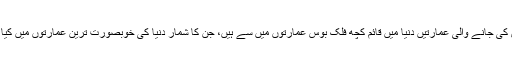
یہاں پیش کی جانے والی عمارتیں دنیا میں قائم کچھ فلک بوس عمارتوں میں سے ہیں، جن کا شمار دنیا کی خوبصورت ترین عمارتوں میں کیا جاتا ہے۔